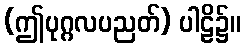
(ဤပုဂ္ဂလပညတ်) ပါဠိ၌။